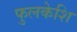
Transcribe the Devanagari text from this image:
फुलकेशि